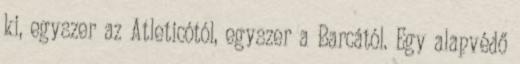
ki, egyszer az Atleticótól, egyszer a Barcától. Egy alapvédő